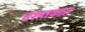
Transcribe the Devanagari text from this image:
दशतकात